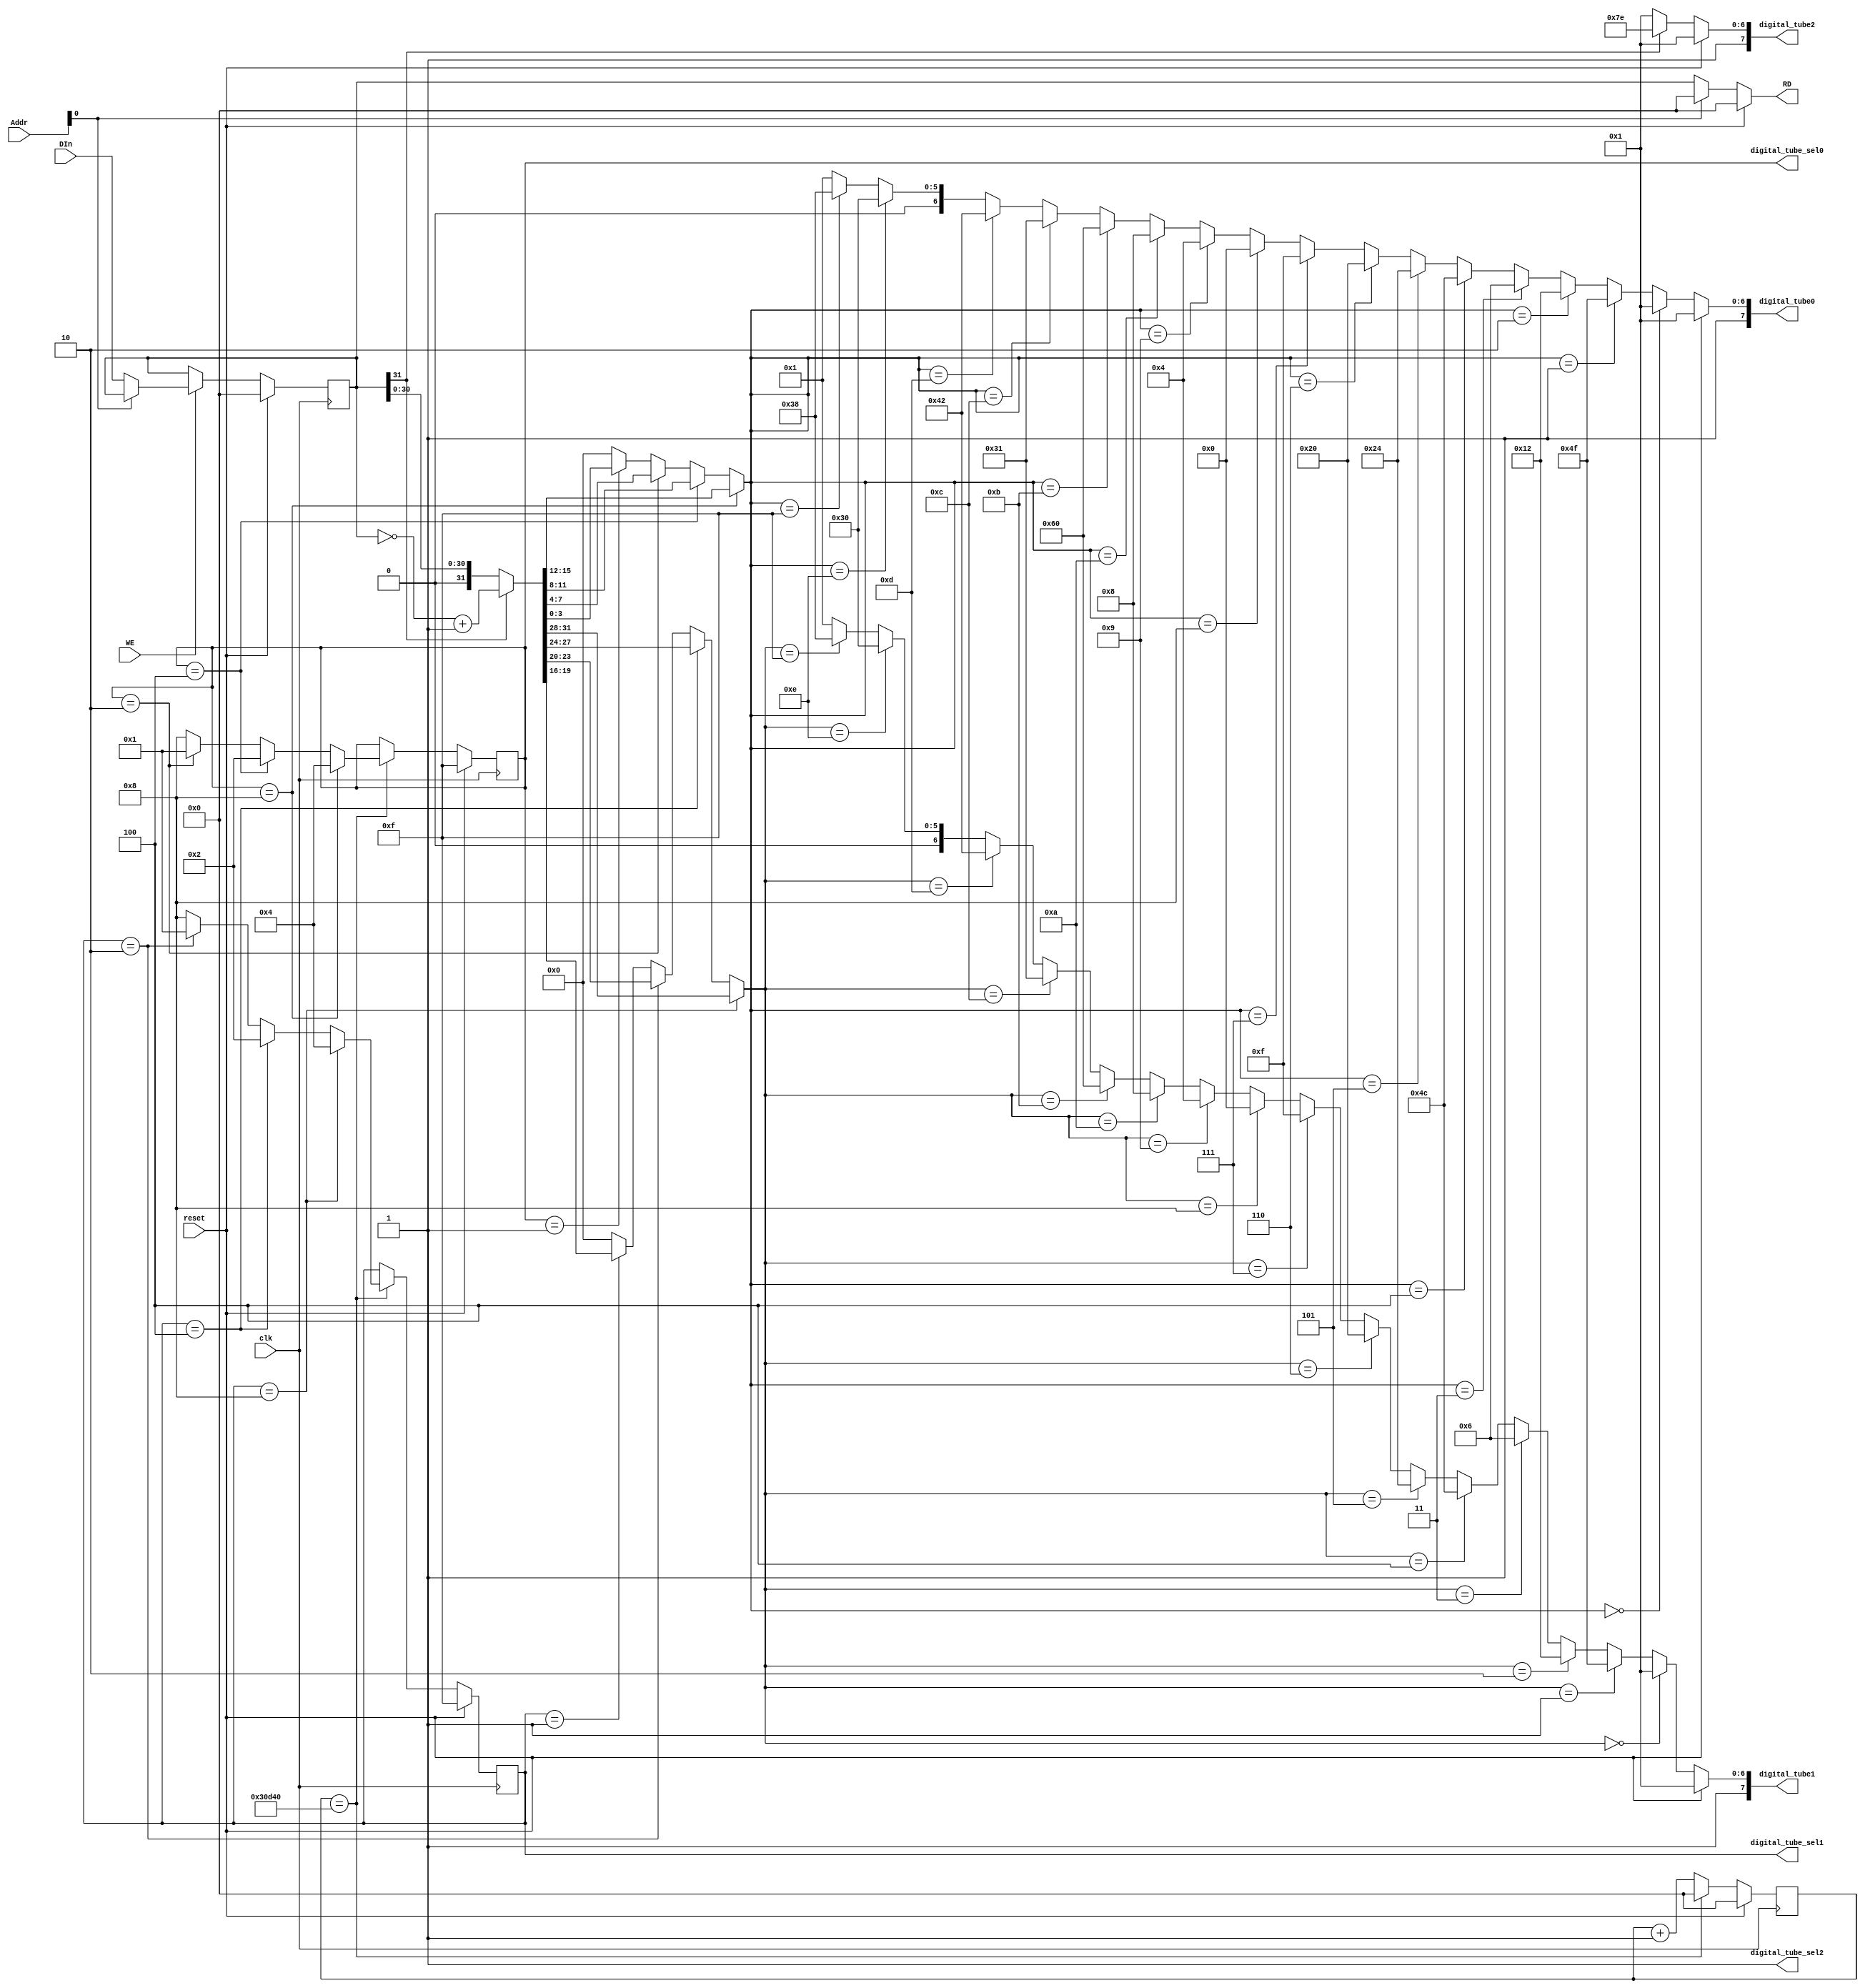
`timescale 1ns / 1ps
`define CUTOFF 32'h00030D40
`define ZERO   8'b10000001
`define ONE    8'b11001111
`define TWO    8'b10010010
`define THREE  8'b10000110
`define FOUR   8'b11001100
`define FIVE   8'b10100100
`define SIX    8'b10100000
`define SEVEN  8'b10001111
`define EIGHT  8'b10000000
`define NINE   8'b10000100
`define AH     8'b10001000
`define BH     8'b11100000
`define CH     8'b10110001
`define DH     8'b11000010
`define EH     8'b10110000
`define FH     8'b10111000
`define NEGATIVE 8'b11111110
/*`define ZERO   8'b11000000
`define ONE    8'b11111001
`define TWO    8'b10100100
`define THREE  8'b10110000
`define FOUR   8'b10011001
`define FIVE   8'b10010010
`define SIX    8'b10000010
`define SEVEN  8'b11111000
`define EIGHT  8'b10000000
`define NINE   8'b10010000
`define AH     8'b10001000
`define BH     8'b10000011
`define CH     8'b11000110
`define DH     8'b10100001
`define EH     8'b10000110
`define FH     8'b10001110*/
//////////////////////////////////////////////////////////////////////////////////
// Company: 
// Engineer: 
// 
// Design Name: 
// Module Name:    driver_LED 
// Project Name: 
// Target Devices: 
// Tool versions: 
// Description: 
//
// Dependencies: 
//
// Revision: 
// Revision 0.01 - File Created
// Additional Comments: 
//
//////////////////////////////////////////////////////////////////////////////////
module driver_LED(
    input [31:0] DIn,
    input WE,
    output [31:0] RD,
    input [4:2] Addr,
    input clk,
    input reset,
    output [7:0] digital_tube0,
    output reg [3:0] digital_tube_sel0,
    output [7:0] digital_tube1,
    output reg [3:0] digital_tube_sel1,
    output [7:0] digital_tube2,
    output digital_tube_sel2
    );
	reg [31:0] group1_0;

	reg [31:0] Tcount; // count the cycles passed
	
	wire [31:0] group1_0_cmpl; // 2's complement
	assign group1_0_cmpl = (group1_0[31]) ? (~group1_0 + 1) : 
									group1_0;
	
	wire [3:0] tube0_raw;
	assign tube0_raw = (digital_tube_sel0==4'b1000) ? group1_0_cmpl[15:12] :
							 (digital_tube_sel0==4'b0100) ? group1_0_cmpl[11:8] :
							 (digital_tube_sel0==4'b0010) ? group1_0_cmpl[7:4] :
							 (digital_tube_sel0==4'b0001) ? group1_0_cmpl[3:0] :
							 4'b0;
	wire [3:0] tube1_raw;
	assign tube1_raw = (digital_tube_sel1==4'b1000) ? group1_0_cmpl[31:28] :
							 (digital_tube_sel1==4'b0100) ? group1_0_cmpl[27:24] :
							 (digital_tube_sel1==4'b0010) ? group1_0_cmpl[23:20] :
							 (digital_tube_sel1==4'b0001) ? group1_0_cmpl[19:16] :
							 4'b0;
	
	assign digital_tube0 = (reset) ? `ZERO :
								  (tube0_raw==4'h0) ? `ZERO :
								  (tube0_raw==4'h1) ? `ONE :
								  (tube0_raw==4'h2) ? `TWO :
								  (tube0_raw==4'h3) ? `THREE :
								  (tube0_raw==4'h4) ? `FOUR :
								  (tube0_raw==4'h5) ? `FIVE :
								  (tube0_raw==4'h6) ? `SIX :
								  (tube0_raw==4'h7) ? `SEVEN :
								  (tube0_raw==4'h8) ? `EIGHT :
								  (tube0_raw==4'h9) ? `NINE :
								  (tube0_raw==4'ha) ? `AH :
								  (tube0_raw==4'hb) ? `BH :
								  (tube0_raw==4'hc) ? `CH :
								  (tube0_raw==4'hd) ? `DH :
								  (tube0_raw==4'he) ? `EH :
								  (tube0_raw==4'hf) ? `FH :
								  `ZERO;
	
	assign digital_tube1 = (reset) ? `ZERO :
								  (tube1_raw==4'h0) ? `ZERO :
								  (tube1_raw==4'h1) ? `ONE :
								  (tube1_raw==4'h2) ? `TWO :
								  (tube1_raw==4'h3) ? `THREE :
								  (tube1_raw==4'h4) ? `FOUR :
								  (tube1_raw==4'h5) ? `FIVE :
								  (tube1_raw==4'h6) ? `SIX :
								  (tube1_raw==4'h7) ? `SEVEN :
								  (tube1_raw==4'h8) ? `EIGHT :
								  (tube1_raw==4'h9) ? `NINE :
								  (tube1_raw==4'ha) ? `AH :
								  (tube1_raw==4'hb) ? `BH :
								  (tube1_raw==4'hc) ? `CH :
								  (tube1_raw==4'hd) ? `DH :
								  (tube1_raw==4'he) ? `EH :
								  (tube1_raw==4'hf) ? `FH :
								  `ZERO;
	
	assign digital_tube2 = (reset) ? `ZERO :
								  (group1_0[31]) ? `NEGATIVE :
								  `ZERO;
	
	assign digital_tube_sel2 = 1'b1;
	
	assign RD = (reset) ? 0 :
					(!Addr[2]) ? group1_0:
					0;
	
	always@(posedge clk) begin
		if (reset) begin
			group1_0 <= 0;
			digital_tube_sel0 <= 4'b1111;
			digital_tube_sel1 <= 4'b1111;
			Tcount <= 0;
		end
		else begin
			if (Tcount == `CUTOFF) begin // 10ms
				Tcount <= 0;
				if (digital_tube_sel0 == 4'b1000)
					digital_tube_sel0 <= 4'b0100;
				else if (digital_tube_sel0 == 4'b0100)
					digital_tube_sel0 <= 4'b0010;
				else if (digital_tube_sel0 == 4'b0010)
					digital_tube_sel0 <= 4'b0001;
				else 
					digital_tube_sel0 <= 4'b1000;
					
				if (digital_tube_sel1 == 4'b1000)
					digital_tube_sel1 <= 4'b0100;
				else if (digital_tube_sel1 == 4'b0100)
					digital_tube_sel1 <= 4'b0010;
				else if (digital_tube_sel1 == 4'b0010)
					digital_tube_sel1 <= 4'b0001;
				else 
					digital_tube_sel1 <= 4'b1000;
			end
			else begin
				Tcount <= Tcount + 1;
			end
			if (WE) begin
				if (!Addr[2]) begin
					group1_0 <= DIn;
					//$display("group1_0 <= %h", DIn);
				end
			end
		end
	end
	
	
endmodule